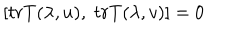
LaTeX: \left[ t r T ( \lambda , u ) , \; t r T ( \lambda , v ) \right] = 0